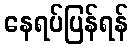
နေရပ်ပြန်ရန်